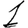
Digit: 1